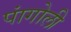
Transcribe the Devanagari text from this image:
पांगोली